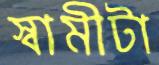
স্বামীটা